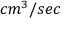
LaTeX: c m ^ { 3 } / s e c